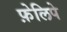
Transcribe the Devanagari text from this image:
फ़ेलिपे